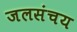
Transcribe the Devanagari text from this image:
जलसंचय